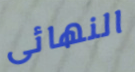
النهائى